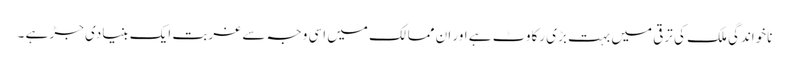
ناخواندگی ملک کی ترقی میں بہت بڑی رکاوٹ ہے اور ان ممالک میں اسی وجہ سے غربت ایک بنیادی جڑ ہے ۔